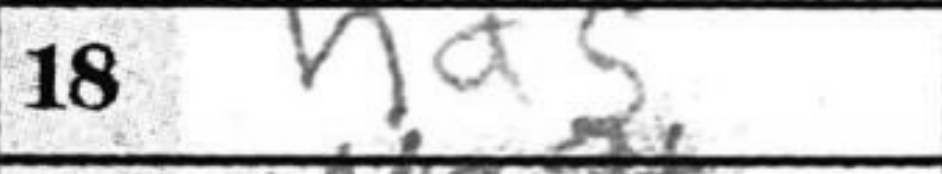
Transcription: Nd5